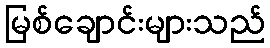
မြစ်ချောင်းများသည်